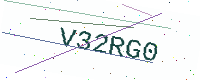
Text: V32RG0